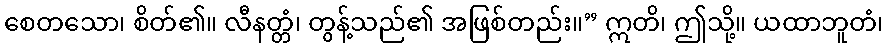
စေတသော၊ စိတ်၏။ လီနတ္တံ၊ တွန့်သည်၏ အဖြစ်တည်း။” ဣတိ၊ ဤသို့။ ယထာဘူတံ၊